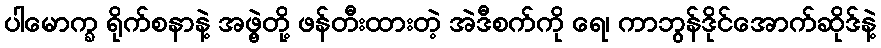
ပါမောက္ခ ရိုက်စနာနဲ့ အဖွဲ့တို့ ဖန်တီးထားတဲ့ အဲဒီစက်ကို ရေ၊ ကာဘွန်ဒိုင်အောက်ဆိုဒ်နဲ့